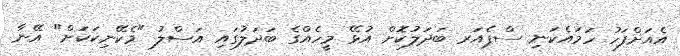
އެއަށްފަހު ހަމައެކަނި ސްޕެއަރ ބަދަލުކޮށް އުޅޭ މީހެއްގެ ބަދަލުގައި އަސްލު "މެކޭނިކަކަށް" އޭނާ